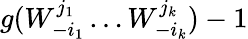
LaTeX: g(W_{-i_{1}}^{j_{1}}\dots W_{-i_{k}}^{j_{k}})-1